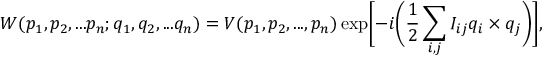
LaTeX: W ( p _ { 1 } , p _ { 2 } , . . . p _ { n } ; q _ { 1 } , q _ { 2 } , . . . q _ { n } ) = V ( p _ { 1 } , p _ { 2 } , . . . , p _ { n } ) \exp \biggl [ - i \biggl ( \frac { 1 } { 2 } \sum _ { i , j } I _ { i j } q _ { i } \times q _ { j } \biggr ) \biggr ] ,